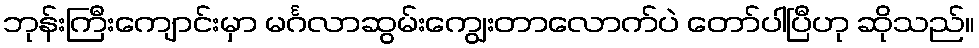
ဘုန်းကြီးကျောင်းမှာ မင်္ဂလာဆွမ်းကျွေးတာလောက်ပဲ တော်ပါပြီဟု ဆိုသည်။